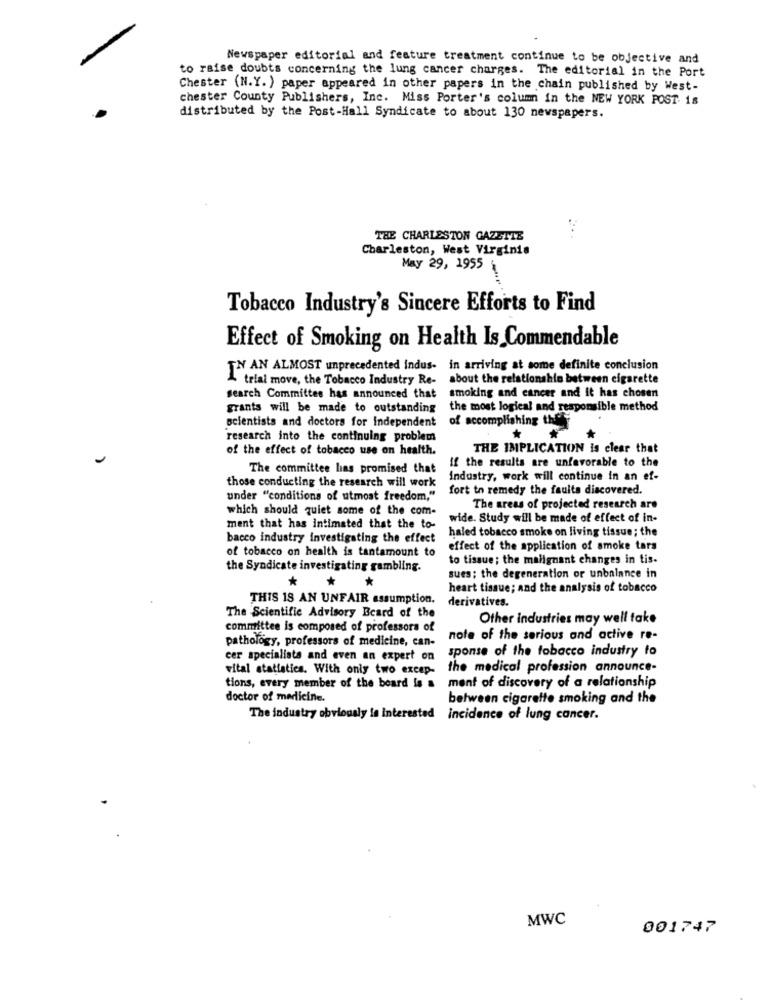
Newspaper editorial and feature treatment continue to be objective and
to raise doubts concerning the lung cancer charges. The editorial in the Port
Chester (N.Y. ) paper appeared in other papers in the chain published by West-
chester County Publishers, Inc. Miss Porter's column in the NEW YORK POST: 18
distributed by the Post-Hall Syndicate to about 130 newspapers.
THE CHARLESTON GAZETTE
Charleston, West Virginia
May 29, 1955
Tobacco Industry's Sincere Efforts to Find
Effect of Smoking on Health Is Commendable
IN AN ALMOST unprecedented indus- in arriving at some definite conclusion
trial move, the Tobacco Industry Re- about the relationship between cigarette
smoking and cancer and it has chosen
search Committee has announced that
grants will be made to outstanding
the most logical and responsible method
of accomplishing the
scientists and doctors for independent
research into the continuing problem
of the effect of tobacco use on health.
THE IMPLICATION is clear that
If the results are unfavorable to the
The committee has promised that
industry, work will continue in an ef-
those conducting the research will work
fort to remedy the faults discovered.
under "conditions of utmost freedom,"
which should quiet some of the com-
The areas of projected research are
wide. Study will be made of effect of in-
ment that has intimated that the to-
haled tobacco smoke on living tissue; the
bacco industry investigating the effect
of tobacco on health is tantamount to
effect of the application of smoke tars
to tissue; the malignant changes in tis-
the Syndicate investigating gambling.
*
*
*
sues; the degeneration or unbalance in
heart tissue; and the analysis of tobacco
THIS IS AN UNFAIR assumption.
derivatives.
The Scientific Advisory Board of the
Other industries may well fake
committee is composed of professors of
pathology, professors of medicine, can-
note of the serious and active re-
sponse of the tobacco industry fo
cer specialists and even an expert on
vital statistics. With only two excep-
the medical profession announce-
ment of discovery of a relationship
tions, every member of the board is a
doctor of medicine.
between cigarette smoking and the
The industry obviously is Interested incidence of lung cancer.
MWC
001747